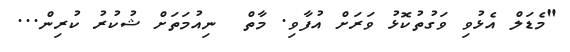
"މެޑަލް އެޅުވި ވަގުތުކޮޅު ވަރަށް އުފާވި. މާތް  ނިއުމަތަށް ޝުކުރު ކުރިން...